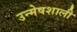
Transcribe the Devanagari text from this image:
उन्मेषशाली